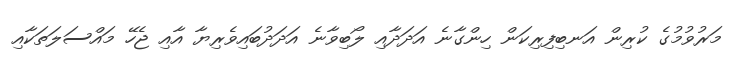
މަރުވުމުގެ ކުރިން އަނބިފިރިކަން ހިންގާނެ އަދަދާއި ލޯބިވާނެ އަދަދުބައިވެރިޔާ އާއި ޖެހޭ މައްސަލަތަކާއި